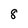
Character: 8